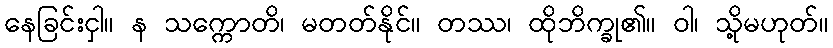
နေခြင်းငှါ။ န သက္ကောတိ၊ မတတ်နိုင်။ တဿ၊ ထိုဘိက္ခု၏။ ဝါ၊ သို့မဟုတ်။